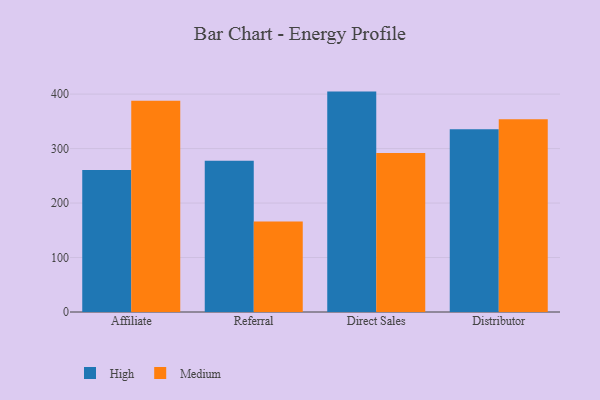
{"axis": {"x": "Channel", "y": "Latency (ms)"}, "legend": ["High", "Medium"], "data": [{"x": "Affiliate", "y": 260.7, "type": "High"}, {"x": "Affiliate", "y": 387.6, "type": "Medium"}, {"x": "Referral", "y": 277.5, "type": "High"}, {"x": "Referral", "y": 166.3, "type": "Medium"}, {"x": "Direct Sales", "y": 404.6, "type": "High"}, {"x": "Direct Sales", "y": 292.1, "type": "Medium"}, {"x": "Distributor", "y": 335.6, "type": "High"}, {"x": "Distributor", "y": 354.0, "type": "Medium"}]}